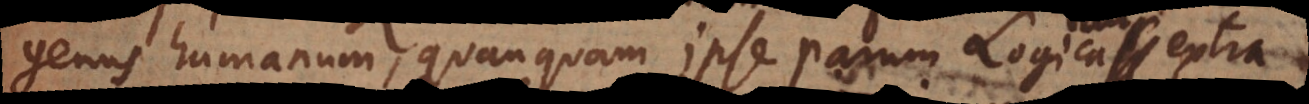
genus humanum, quanquam ipse parum Logica extra